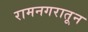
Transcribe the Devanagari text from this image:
रामनगरातून